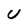
Character: U